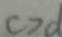
c > d